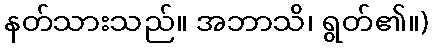
နတ်သားသည်။ အဘာသိ၊ ရွတ်၏။)